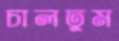
চালতুম